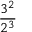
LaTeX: \frac { 3 ^ { 2 } } { 2 ^ { 3 } }